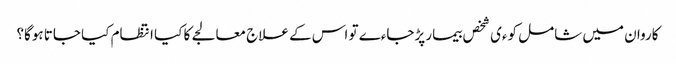
کاروان میں شامل کوءی شخص بیمار پڑجاءے تو اس کے علاج معالجے کا کیا انتظام کیا جاتا ہوگا؟